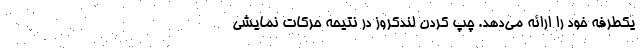
یکطرفه خود را ارائه می‌دهد. چپ کردن لندکروز در نتیحه حرکات نمایشی